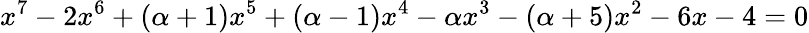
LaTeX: x^{7}-2x^{6}+(\alpha+1)x^{5}+(\alpha-1)x^{4}-\alpha x^{3}-(\alpha+5)x^{2}-6x-4=0